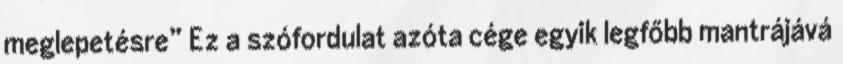
meglepetésre” Ez a szófordulat azóta cége egyik legfőbb mantrájává